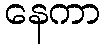
နေကာ